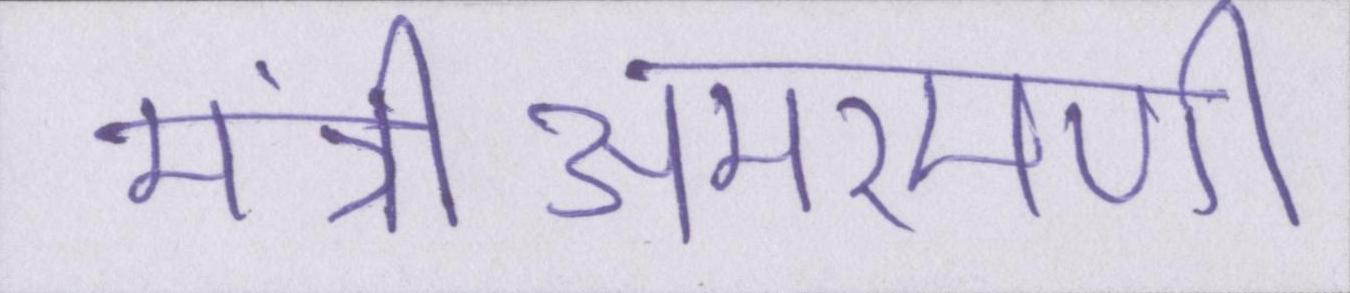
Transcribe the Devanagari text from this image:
मंत्रीअमरमणी